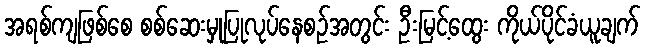
အရစ်ကျဖြစ်စေ စစ်ဆေးမှုပြုလုပ်နေစဉ်အတွင်း ဦးမြင့်ထွေး ကိုယ်ပိုင်ခံယူချက်